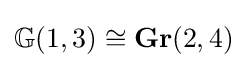
\mathbb {G} (1,3)\cong \mathbf {Gr} (2,4)